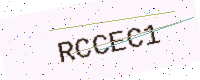
Text: RCCEC1